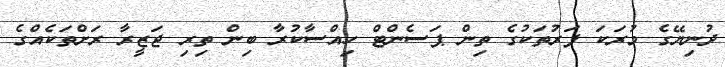
ދުނިޔޭގެ މުރަކަ ފަރުތަކުގެ ތިން ޕަސެންޓް ހިއްސާކުރާ ބިން ތިރި ޖަޒީރާ ރަށްތަކެއްގެ